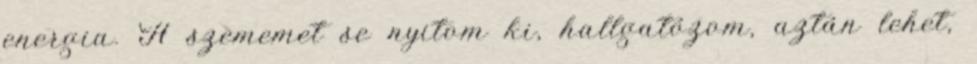
energia. A szememet se nyitom ki, hallgatózom, aztán lehet,